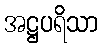
အဋ္ဌပရိသာ